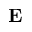
\bf E